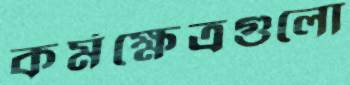
কর্মক্ষেত্রগুলো